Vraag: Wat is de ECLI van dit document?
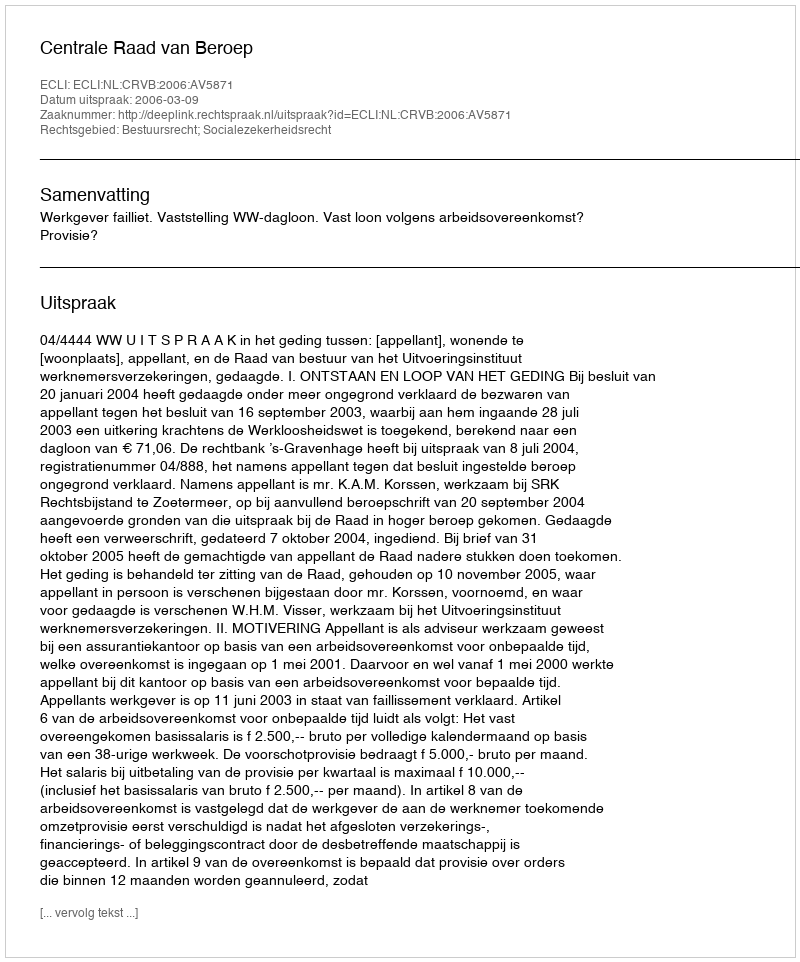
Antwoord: ECLI:NL:CRVB:2006:AV5871